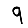
Digit: 9